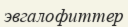
эвгалофиттер